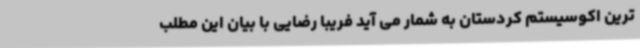
ترین اکوسیستم کردستان به شمار می آید فریبا رضایی با بیان این مطلب